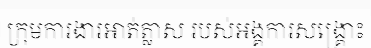
ក្រុមការងារអាត់ត្លាស របស់អង្គការសង្គ្រោះ